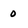
Character: 0